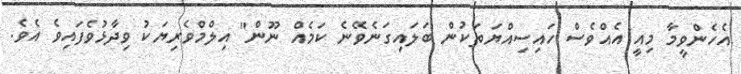
އެހެންވީމާ މިއީ އެއްވެސް ހައިސިއްޔަތަކުން ބަލައިގަނެވޭނެ ކަމެއް ނޫން" އިލްމްވެރިޔަކު ވިދާޅުވެފައިވެ އެވެ.